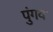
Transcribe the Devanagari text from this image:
पुंगव